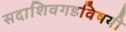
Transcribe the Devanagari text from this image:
सदाशिवगडविषयी